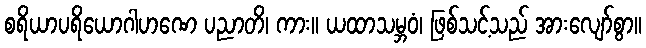
စရိယာပရိယောဂါဟဏေ ပညာတိ၊ ကား။ ယထာသမ္ဘဝံ၊ ဖြစ်သင့်သည် အားလျော်စွာ။